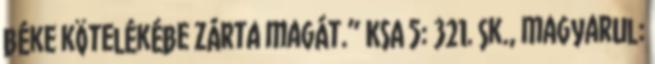
béke kötelékébe zárta magát.” KSA 5: 321. sk., magyarul: